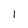
Character: 1